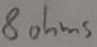
Text: 8ohms